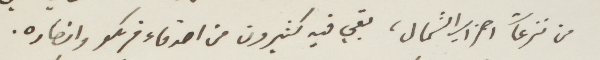
من نزعات احزاب الشمال، بقي فيه كثيرون من اصدفاء فرنكو وانصاره.